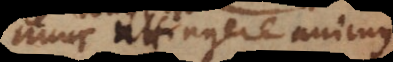
nunc attingere animus